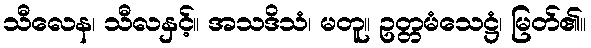
သီလေန၊ သီလနှင့်။ အသဒိသံ၊ မတူ။ ဥတ္တမံသေဋ္ဌံ၊ မြတ်၏။